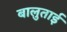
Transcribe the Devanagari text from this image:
बालुताई